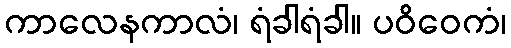
ကာလေနကာလံ၊ ရံခါရံခါ။ ပဝိဝေကံ၊